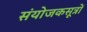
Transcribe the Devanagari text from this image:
संयोजकसूत्रों